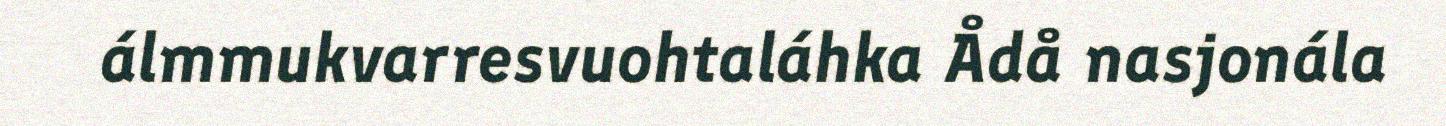
álmmukvarresvuohtaláhka Ådå nasjonála